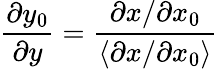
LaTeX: \frac{\partial y_{0}}{\partial y}=\frac{\partial x/\partial x_{0}}{\left\langle\partial x/\partial x_{0}\right\rangle}